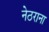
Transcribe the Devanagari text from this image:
नेठराना